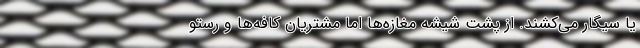
یا سیگار می‌کشند. از پشت شیشه مغازه‌ها اما مشتریان کافه‌ها و رستو